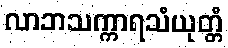
လာဘသက္ကာရသံယုတ္တံ